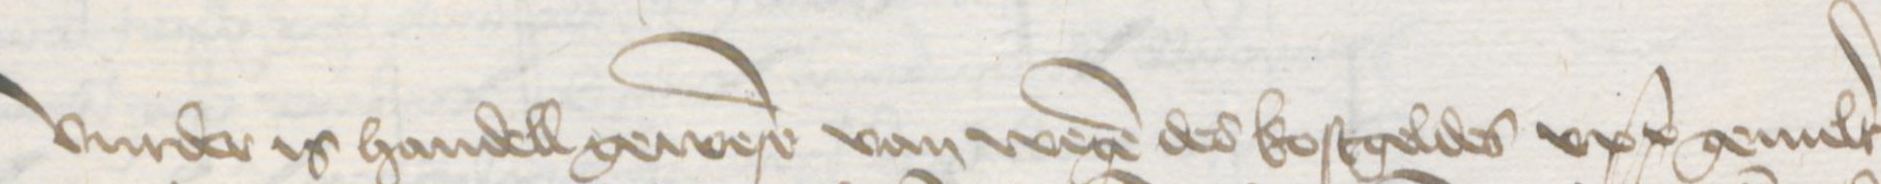
Transcription: Vurder is handell gewesen van wegen des kostgeldes upp gemelter